Development of the parasite of Indian kala azar - Number 53
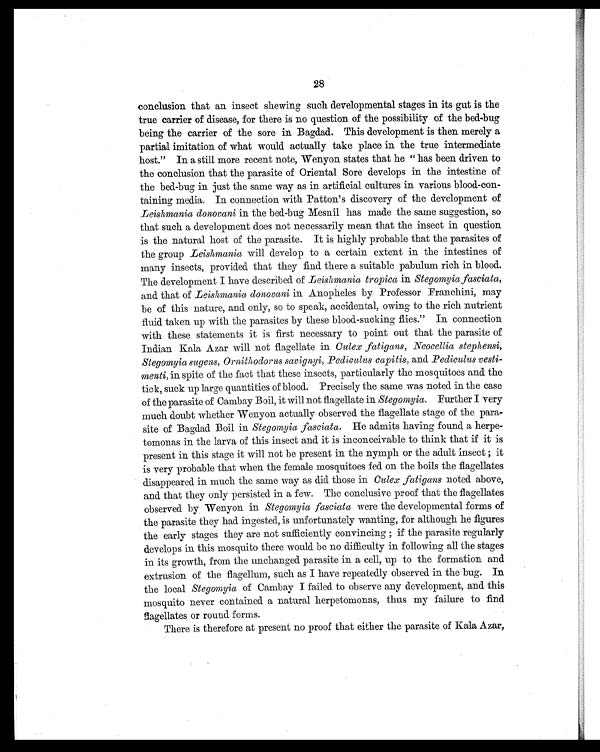
28
conclusion that an insect showing such developmental stages in its gut is the
true carrier of disease, for there is no question of the possibility of the bed-bug
being the carrier of the sore in Bagdad. This development is then merely a
partial imitation of what would actually take place in the true intermediate
host." In a still more recent note, Wenyon states that he " has been driven to
the conclusion that the parasite of Oriental Sore develops in the intestine of
the bed-bug in just the same way as in artificial cultures in various blood-con-
taining media. In connection with Patton's discovery of the development of
Leishmania donovani in the bed-bug Mesnil has made the same suggestion, so
that such a development does not necessarily mean that the insect in question
is the natural host of the parasite. It is highly probable that the parasites of
the group Leishmania will develop to a certain extent in the intestines of
many insects, provided that they find there a suitable pabulum rich in blood.
The development I have described of Leishmania tropica in Stegomyia fasciata,
and that of Leishmania donovani in Anopheles by. Professor Franchini, may
be of this nature, and only, so to speak, accidental, owing to the rich nutrient
fluid taken up with the parasites by these blood-sucking flies." In connection
with these statements it is first necessary to point out that the parasite of
Indian Kala Azar will not flagellate in Culex fatigans, Neocellia stephensi,
Stegomyia sugens, Ornithodorus savignyi, Pediculus capitis, and Pediculus vesti-
menti, in spite of the fact that these insects, particularly the mosquitoes and the
tick, suck up large quantities of blood. Precisely the same was noted in the case
of the parasite of Cambay Boil, it will not flagellate in Stegomyia. Further I very
much doubt whether Wenyon actually observed the flagellate stage of the para-
site of Bagdad Boil in Stegomyia fasciata. He admits having found a herpe-
tomonas in the larva of this insect and it is inconceivable to think that if it is
present in this stage it will not be present in the nymph or the adult insect ; it
is very probable that when the female mosquitoes fed on the boils the flagellates
disappeared in much the same way as did those in Culex fatigans noted above,
and that they only persisted in a few. The conclusive proof that the flagellates
observed by Wenyon in Stegomyia fasciata were the developmental forms of
the parasite they had ingested, is unfortunately wanting, for although he figures
the early stages they are not sufficiently convincing ; if the parasite regularly
develops in this mosquito there would be no difficulty in following all the stages
in its growth, from the unchanged parasite in a cell, up to the formation and
extrusion of the flagellum, such as I have repeatedly observed in the bug. In
the local Stegomyia of Cambay I failed to observe any development, and this
mosquito never contained a natural herpetomonas, thus my failure to find
flagellates or round forms.
There is therefore at present no proof that either the parasite of Kala Azar,